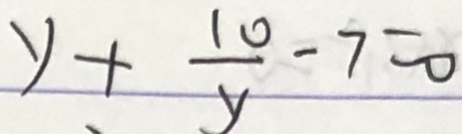
y + \frac { 1 0 } { y } - 7 = 0